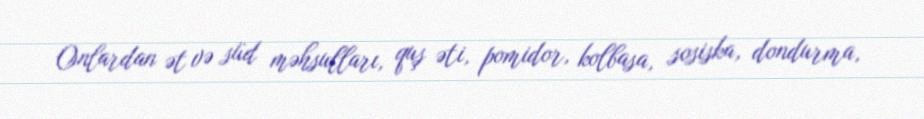
Onlardan ət və süd məhsulları, quş əti, pomidor, kolbasa, sosiska, dondurma,